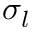
\sigma _ { l }